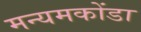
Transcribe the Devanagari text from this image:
मन्यमकोंडा